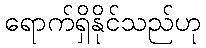
ရောက်ရှိနိုင်သည်ဟု